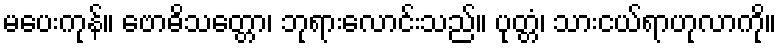
မပေးကုန်။ ဗောဓိသတ္တော၊ ဘုရားလောင်းသည်။ ပုတ္တံ၊ သားငယ်ရာဟုလာကို။